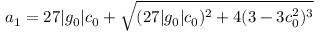
a _ { 1 } = 2 7 | g _ { 0 } | c _ { 0 } + \sqrt { ( 2 7 | g _ { 0 } | c _ { 0 } ) ^ { 2 } + 4 ( 3 - 3 c _ { 0 } ^ { 2 } ) ^ { 3 } }